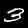
Digit: 3